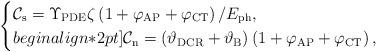
LaTeX: \begin{align*}\begin{cases}\mathcal{C}_{\rm s}=\Upsilon_{\rm PDE}\zeta\left(1+\varphi_{\rm AP}+\varphi_{\rm CT}\right)/E_{\rm ph},\\begin{align*}2pt]\mathcal{C}_{\rm n}=(\vartheta_{\rm DCR}+\vartheta_{\rm B})\left(1+\varphi_{\rm AP}+\varphi_{\rm CT}\right),\end{cases}\end{align*}